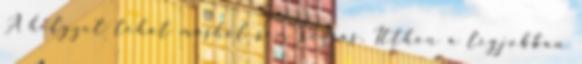
A helyzet tehát máshol sem rózsás. Itthon a legjobban